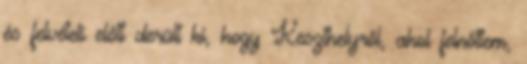
és felvételi előtt derült ki, hogy Keszthelyről, ahol felnőttem,